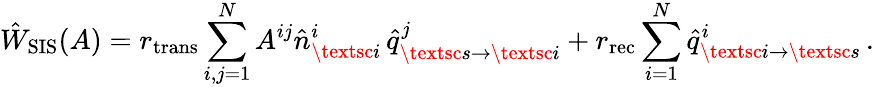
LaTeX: \hat{W}_{\mathrm{SIS}}(A)=r_{\mathrm{trans}}\sum_{i,j=1}^{N}A^{ij}\hat{n}_{\textsc{i}}^{i}\, \hat{q}_{\textsc{s}\to\textsc{i}}^{j}+r_{\mathrm{rec}}\sum_{i=1}^{N}\hat{q}_{\textsc{i}\to\textsc{s}}^{i}\, .